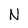
Character: N